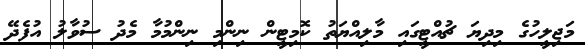
މަޖިލީހުގެ މިދިޔަ ޗުއްޓީގައި މާލިއްޔަތު ކޮމިޓީން ނިންމި ނިންމުމާ މެދު ސުވާލު އުފެދޭ